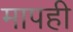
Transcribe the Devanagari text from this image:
मापही